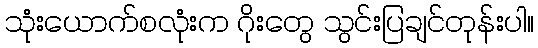
သုံးယောက်စလုံးက ဂိုးတွေ သွင်းပြချင်တုန်းပါ။